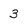
Character: 3